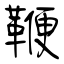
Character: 鞭